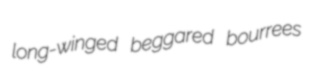
long-winged beggared bourrees